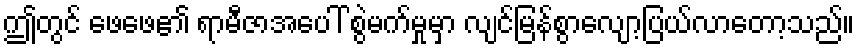
ဤတွင် ဖေဖေ၏ ရာမီဇာအပေါ် စွဲမက်မှုမှာ လျင်မြန်စွာလျော့ပြယ်လာတော့သည်။